Assam Mental Hospital (Tezpur, India) - 1933-1948
Year: 1933
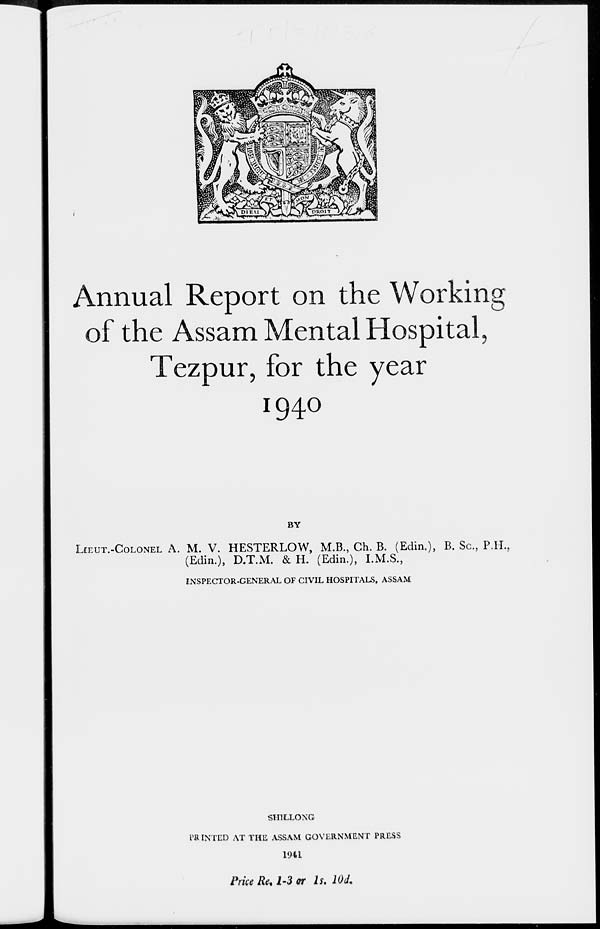
Annual Report on the Working
of the Ass am Mental Hospital,
Tezpur, for the year
1940
BY
LIEUT.-COLONEL A. M. V. HESTERLOW, M.B., Ch. B. (Edin.), B. Sc., P.H.,
(Edin.), D.T.M. & H. (Edin.), I.M.S.,
ENSPECTOR-GENERAL OF CIVIL HOSPITALS, ASSAM
SHILLONG
PRINTED AT THE ASSAM GOVERNMENT PRESS
1941
Price Re. 1-3 or 1s. 10d.